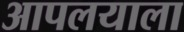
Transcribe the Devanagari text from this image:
आपलयाला